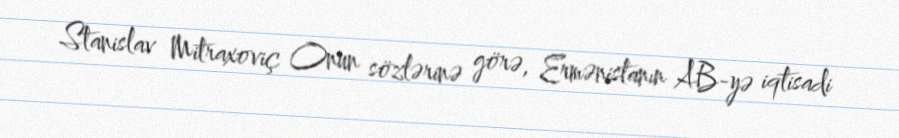
Stanislav Mitraxoviç Onun sözlərinə görə, Ermənistanın AB-yə iqtisadi